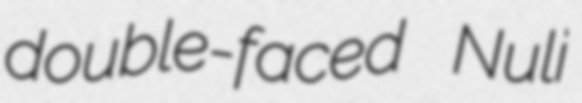
double-faced Nuli